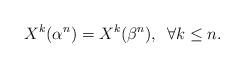
LaTeX: \begin{align*}X^{k}(\alpha^{n}) = X^{k}(\beta^{n}), \phantom{1} \forall k \leq n. \end{align*}